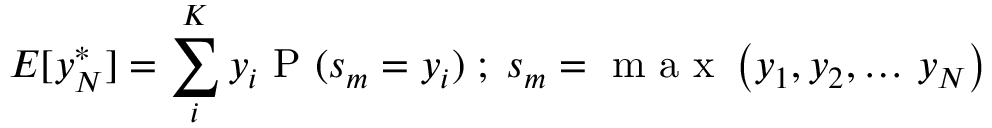
E [ y _ { N } ^ { * } ] = \sum _ { i } ^ { K } y _ { i } \textrm { P } ( s _ { m } = y _ { i } ) \; ; \; s _ { m } = \textrm { m a x } \left( y _ { 1 } , y _ { 2 } , \ldots \, y _ { N } \right)